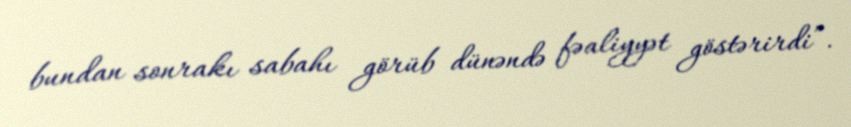
bundan sonrakı sabahı görüb dünəndə fəaliyyət göstərirdi”.